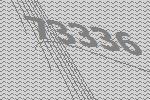
73336